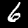
Label: 6